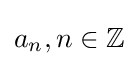
a_{n},n\in \mathbb {Z}